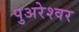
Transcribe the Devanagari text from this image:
पुअरेश्वर